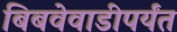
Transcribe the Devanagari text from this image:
बिबवेवाडीपर्यंत